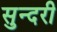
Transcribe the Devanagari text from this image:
सुन्‍दरी